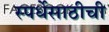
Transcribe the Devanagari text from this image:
स्पर्धेसाठीची